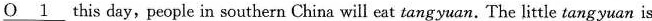
\underline{O1} this day,people in southern China will eat tangyuan. The little tangyuan is